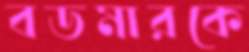
বডমারকে